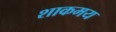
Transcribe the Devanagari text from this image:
शाकमय